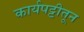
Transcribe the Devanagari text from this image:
कार्यपट्टीतून